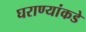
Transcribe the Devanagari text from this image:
घराण्यांकडे